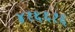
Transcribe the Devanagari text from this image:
४१६६१६